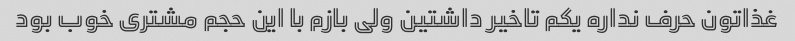
غذاتون حرف نداره یکم تاخیر داشتین ولی بازم با این حجم مشتری خوب بود